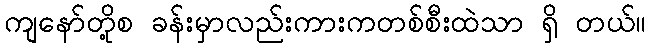
ကျနော်တို့စ ခန်းမှာလည်းကားကတစ်စီးထဲသာ ရှိ တယ်။